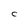
Character: C